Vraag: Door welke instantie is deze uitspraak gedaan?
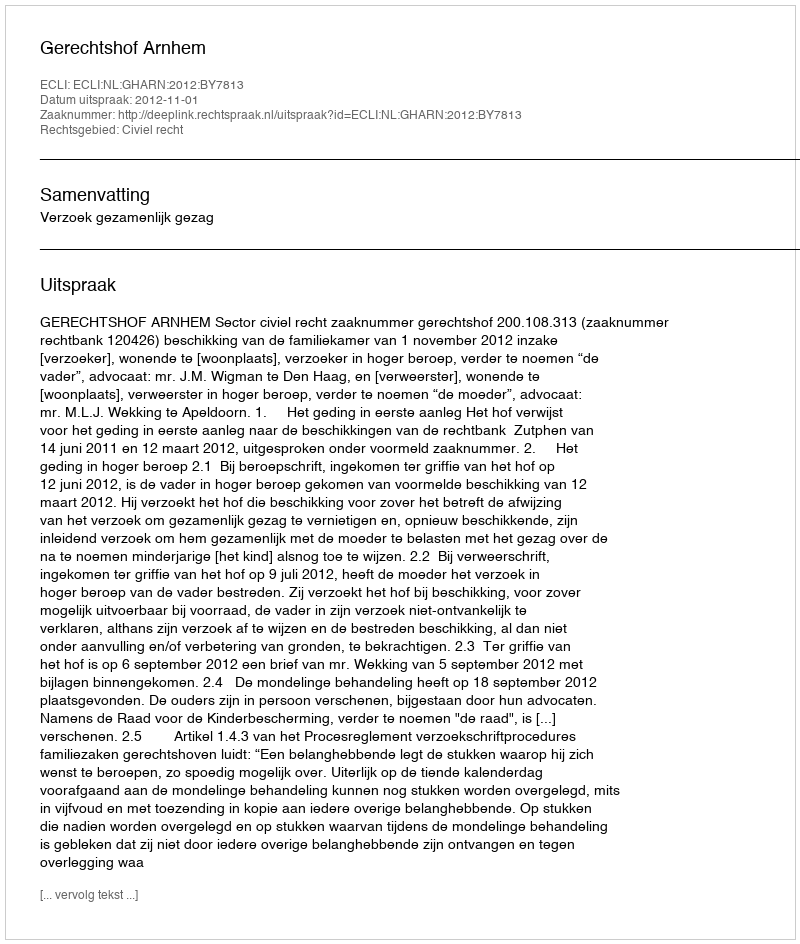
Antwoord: Gerechtshof Arnhem